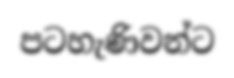
පටහැණිවන්ට